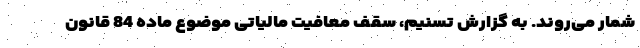
شمار می‌روند. به گزارش تسنیم، سقف معافیت مالیاتی موضوع ماده 84 قانون